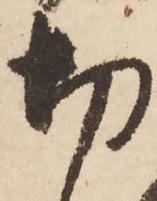
切